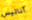
آناليس